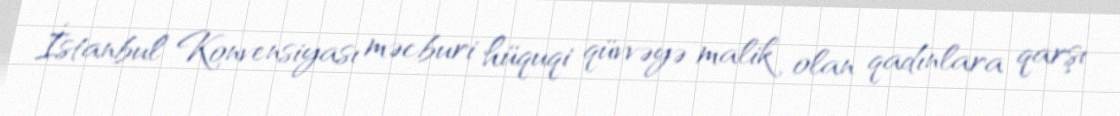
İstanbul Konvensiyası məcburi hüquqi qüvvəyə malik olan qadınlara qarşı